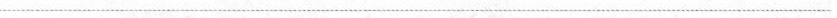
___